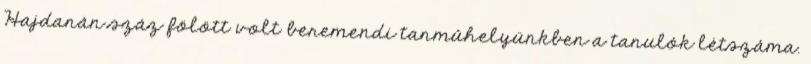
Hajdanán száz fölött volt beremendi tanmûhelyünkben a tanulók létszáma.